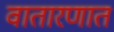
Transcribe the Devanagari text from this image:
वातारणात